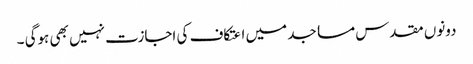
دونوں مقدس مساجد میں اعتکاف کی اجازت نہیں بھی ہوگی ۔